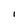
Character: l